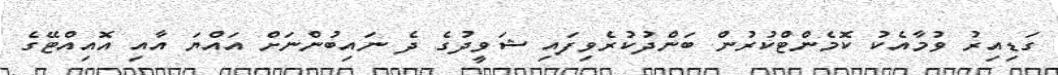
ގަޑިއިރު ވުމާއެކު ކޮމެންޓްކުރުން ބަންދުކުރެވިފައި ޝަވީދުގެ ދެ ނައިބުންނަށް އައްޔަ އާއި އޮއިއްޓޭގެ